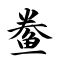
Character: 鲞